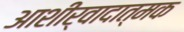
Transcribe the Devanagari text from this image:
आशीर्वादात्मक